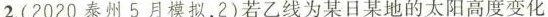
2.(2020泰州5月模拟，2)若乙线为某日某地的太阳高度变化